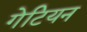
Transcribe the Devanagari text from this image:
गेटियन